65_HS1-834228961_62-HQ-83894_Section_8
Agency: FBI
Page 35
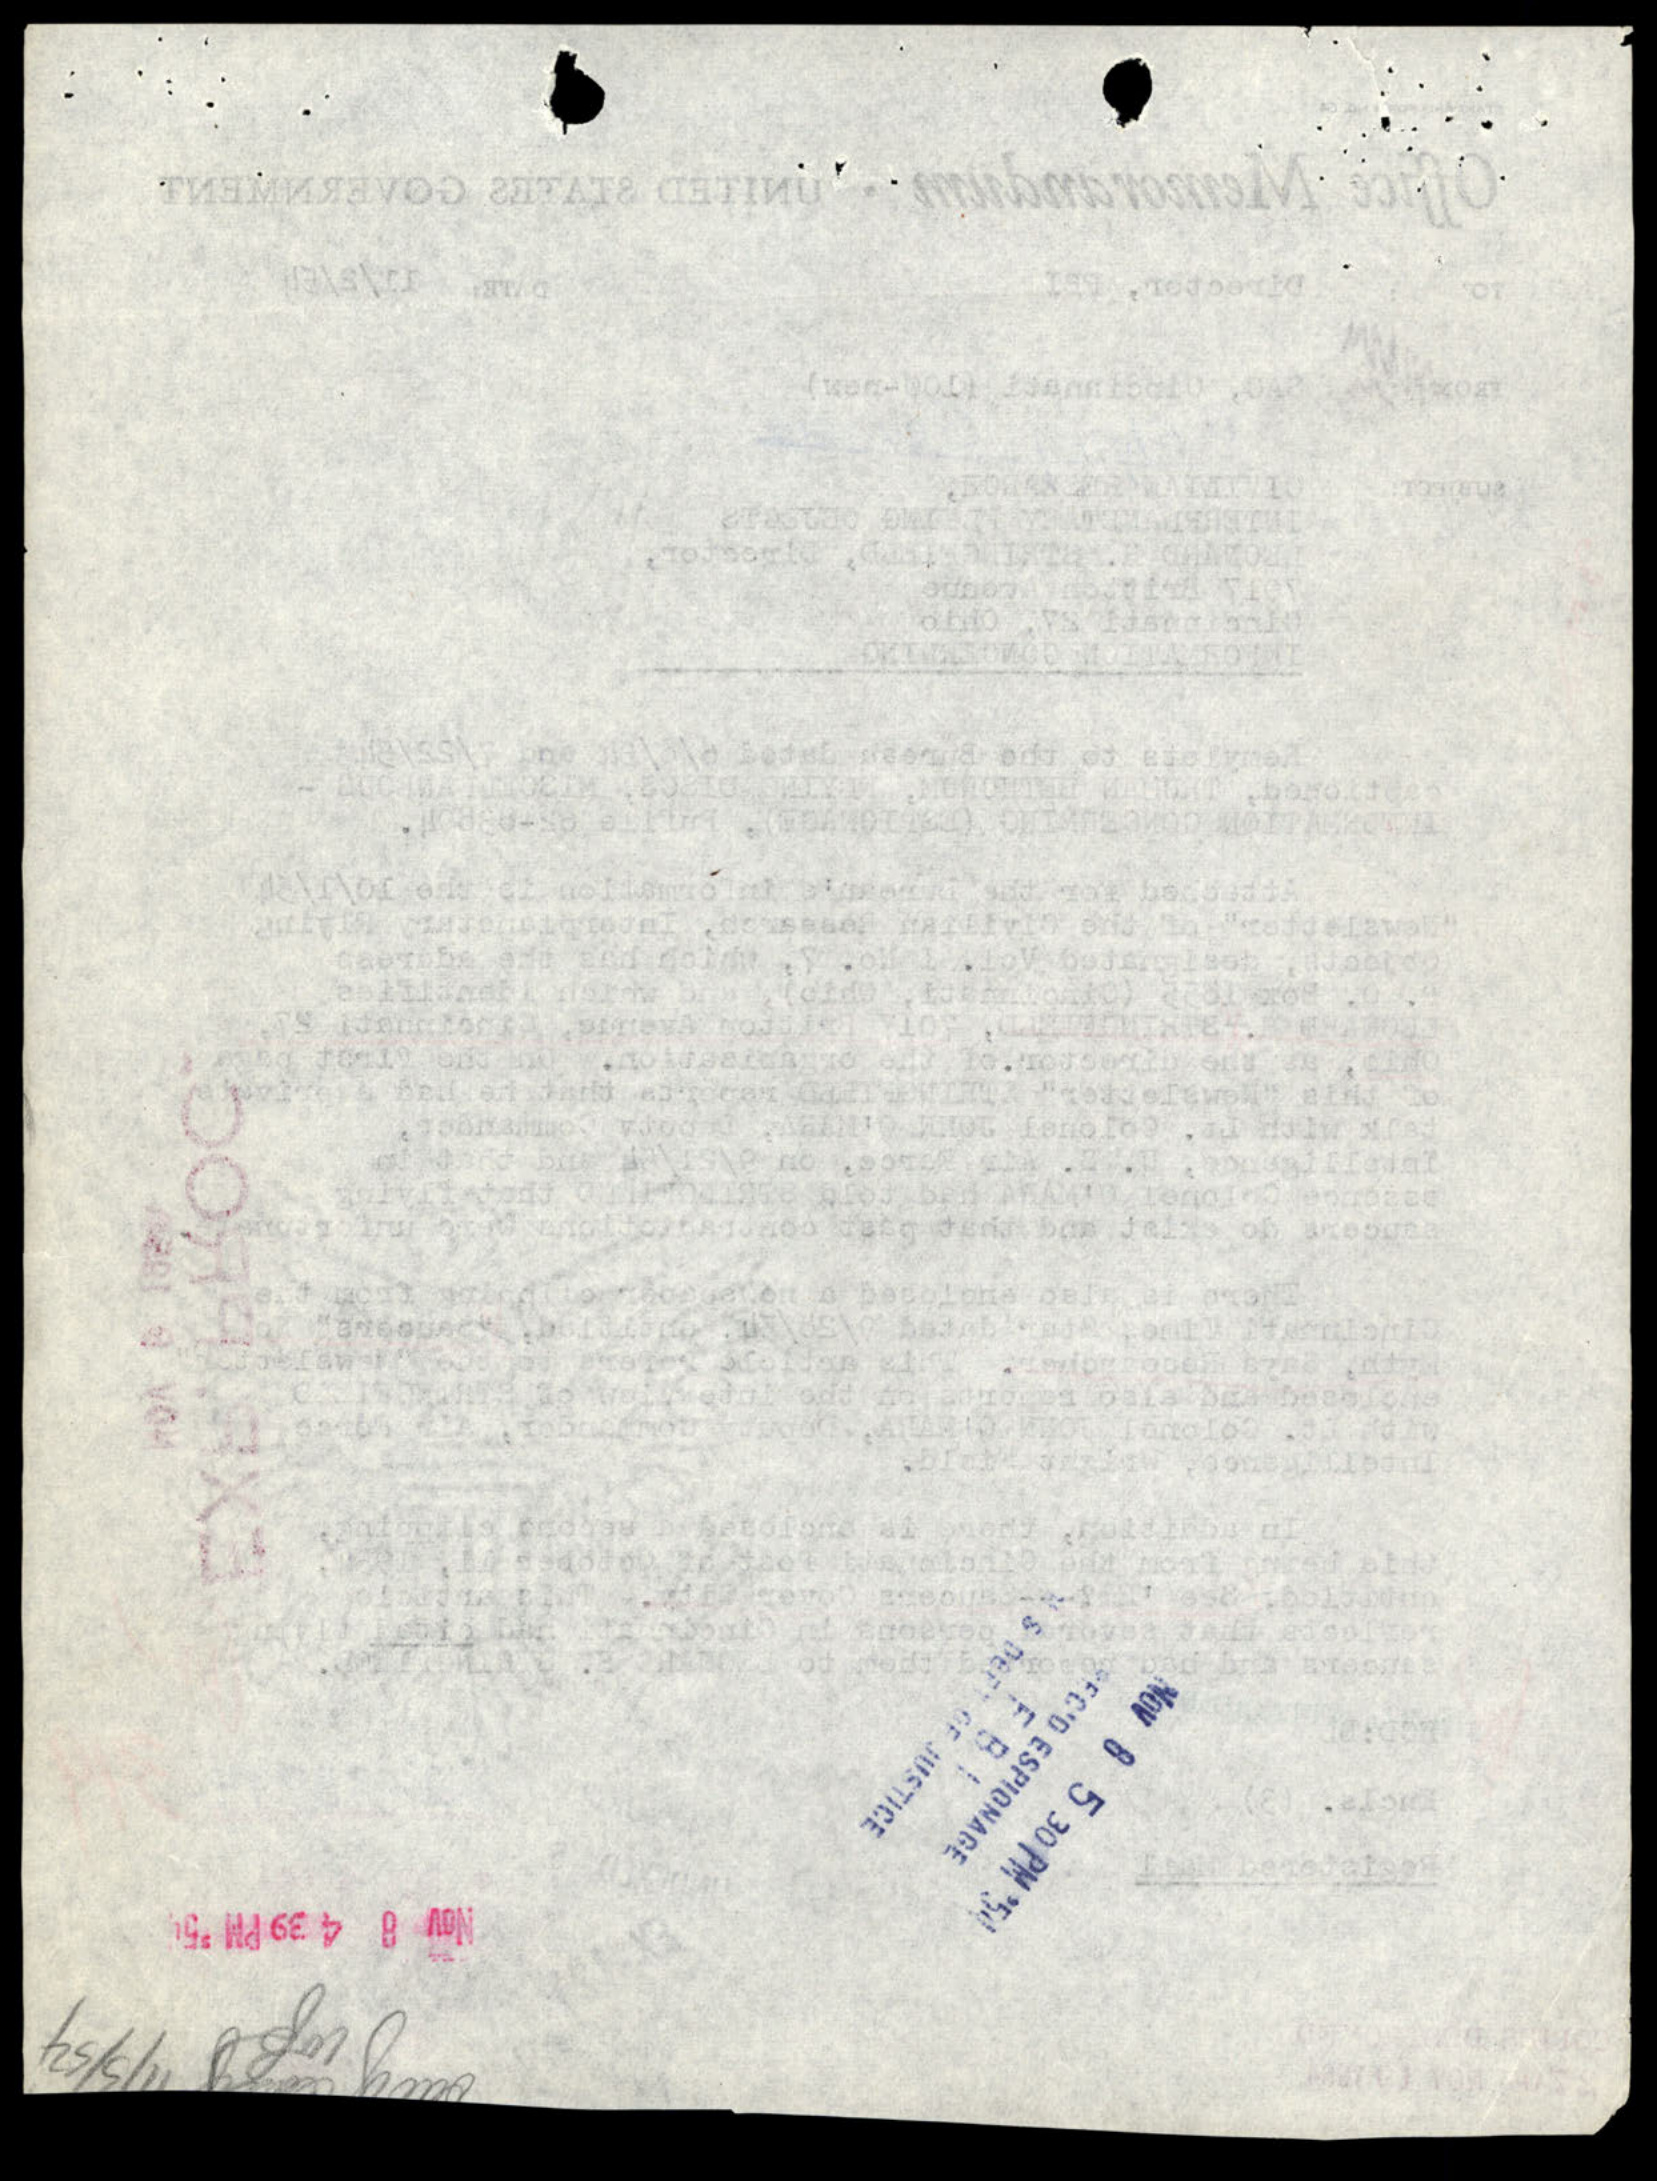